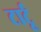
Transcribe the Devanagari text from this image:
टार्टू